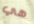
هي